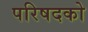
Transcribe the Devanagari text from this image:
परिषदको